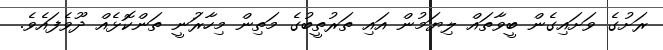
ރަށުގެ ވަށައިގެން ބީވާތައް ލިޔަމުން އައި ތަރުތީބުގެ މަތިން މިހާރުަނީ ތަންކޮޅެއް ދޫވެފައެވެ.